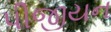
પીજીયન